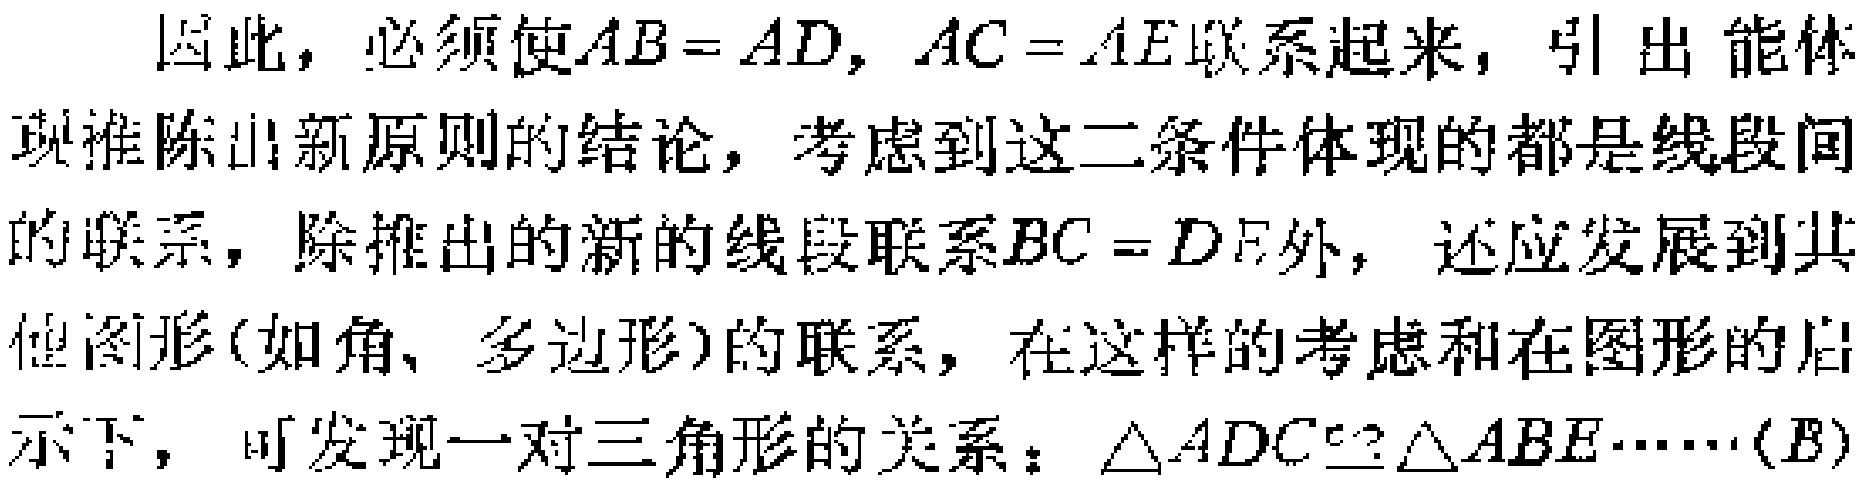
因此，必须使\(AB = AD\)，\(AC = AE\)联系起来，引出能体现推陈出新原则的结论，考虑到这二条件体现的都是线段间的联系，除推出的新的线段联系\(BC = DE\)外，还应发展到其他图形(如角、多边形)的联系，在这样的考虑和在图形的启示下，可发现一对三角形的关系：\(\triangle ADC\cong\triangle ABE\cdots\cdots(B)\)